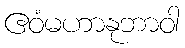
ဧဝံမဟာနုဘာဝါ